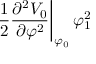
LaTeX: \left. \frac { 1 } { 2 } \frac { \partial ^ { 2 } V _ { 0 } } { \partial \varphi ^ { 2 } } \right| _ { \varphi _ { 0 } } \varphi _ { 1 } ^ { 2 }